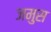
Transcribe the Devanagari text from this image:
जमुस